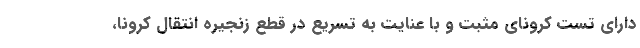
دارای تست کرونای مثبت و با عنایت به تسریع در قطع زنجیره انتقال کرونا،